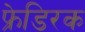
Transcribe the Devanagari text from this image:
फ्रेडिरक